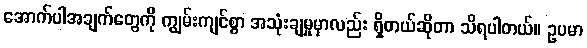
အောက်ပါအချက်တွေကို ကျွမ်းကျင်စွာ အသုံးချမှုမှာလည်း ရှိတယ်ဆိုတာ သိရပါတယ်။ ဥပမာ